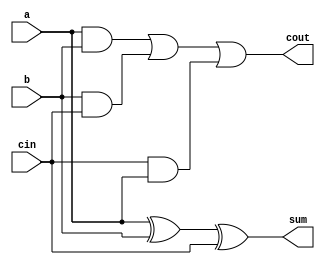
module full_adder(a,b,cin,sum,cout);
input a,b,cin;
output sum,cout;
assign sum=a^b^cin;
assign cout=(a&b)|(b&cin)|(cin&a);
endmodule

module rca(x3,x2,x1,x0,y3,y2,y1,y0,cin0,s3,s2,s1,s0,c3,c2,c1,c0);
input x3,x2,x1,x0,y3,y2,y1,y0,cin0;
output s3,s2,s1,s0,c3,c2,c1,c0;
full_adder FA1(.a(x0),.b(y0),.cin(cin0),.sum(s0),.cout(c0));
full_adder FA2(.a(x1),.b(y1),.cin(c0),.sum(s1),.cout(c1));
full_adder FA3(.a(x2),.b(y2),.cin(c1),.sum(s2),.cout(c2));
full_adder FA4(.a(x3),.b(y3),.cin(c2),.sum(s3),.cout(c3));
endmodule